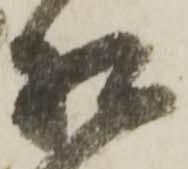
相